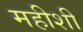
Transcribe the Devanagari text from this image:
महीशी